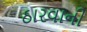
ઠારવાની